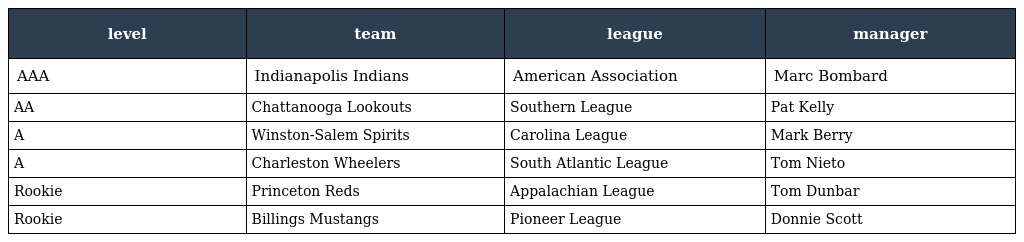
| level | team | league | manager |
 | --- | --- | --- | --- |
 | AAA | Indianapolis Indians | American Association | Marc Bombard |
 | AA | Chattanooga Lookouts | Southern League | Pat Kelly |
 | A | Winston-Salem Spirits | Carolina League | Mark Berry |
 | A | Charleston Wheelers | South Atlantic League | Tom Nieto |
 | Rookie | Princeton Reds | Appalachian League | Tom Dunbar |
 | Rookie | Billings Mustangs | Pioneer League | Donnie Scott |